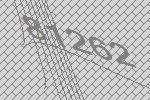
81262